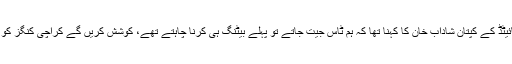
اسلام آباد یونائیٹڈ کے کپتان شاداب خان کا کہنا تھا کہ ہم ٹاس جیت جاتے تو پہلے بیٹنگ ہی کرنا چاہتے تھے، کوشش کریں گے کراچی کنگز کو بڑا ہدف دیں۔